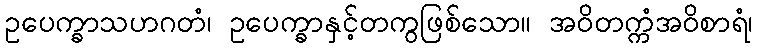
ဥပေက္ခာသဟဂတံ၊ ဥပေက္ခာနှင့်တကွဖြစ်သော။ အဝိတက္ကံအဝိစာရံ၊